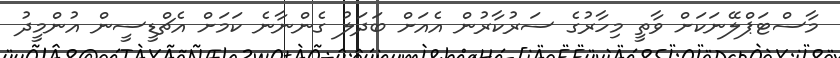
މާސްޓަޕްލޭނަކަށް ވާތީ މިހާރުގެ ސަރުކާރުން އެއަށް ބަދަލު ގެންނާނެ ކަމަށް އެޗްޑީސީން އުންމީދު